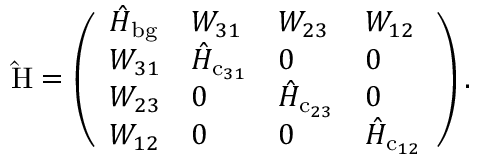
\mathrm { \hat { H } } = \left( \begin{array} { l l l l } { \hat { H } _ { \mathrm { b g } } } & { W _ { 3 1 } } & { W _ { 2 3 } } & { W _ { 1 2 } } \\ { W _ { 3 1 } } & { \hat { H } _ { \mathrm { c } _ { 3 1 } } } & { 0 } & { 0 } \\ { W _ { 2 3 } } & { 0 } & { \hat { H } _ { \mathrm { c } _ { 2 3 } } } & { 0 } \\ { W _ { 1 2 } } & { 0 } & { 0 } & { \hat { H } _ { \mathrm { c } _ { 1 2 } } } \end{array} \right) .